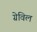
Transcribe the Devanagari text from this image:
ग्रेविल